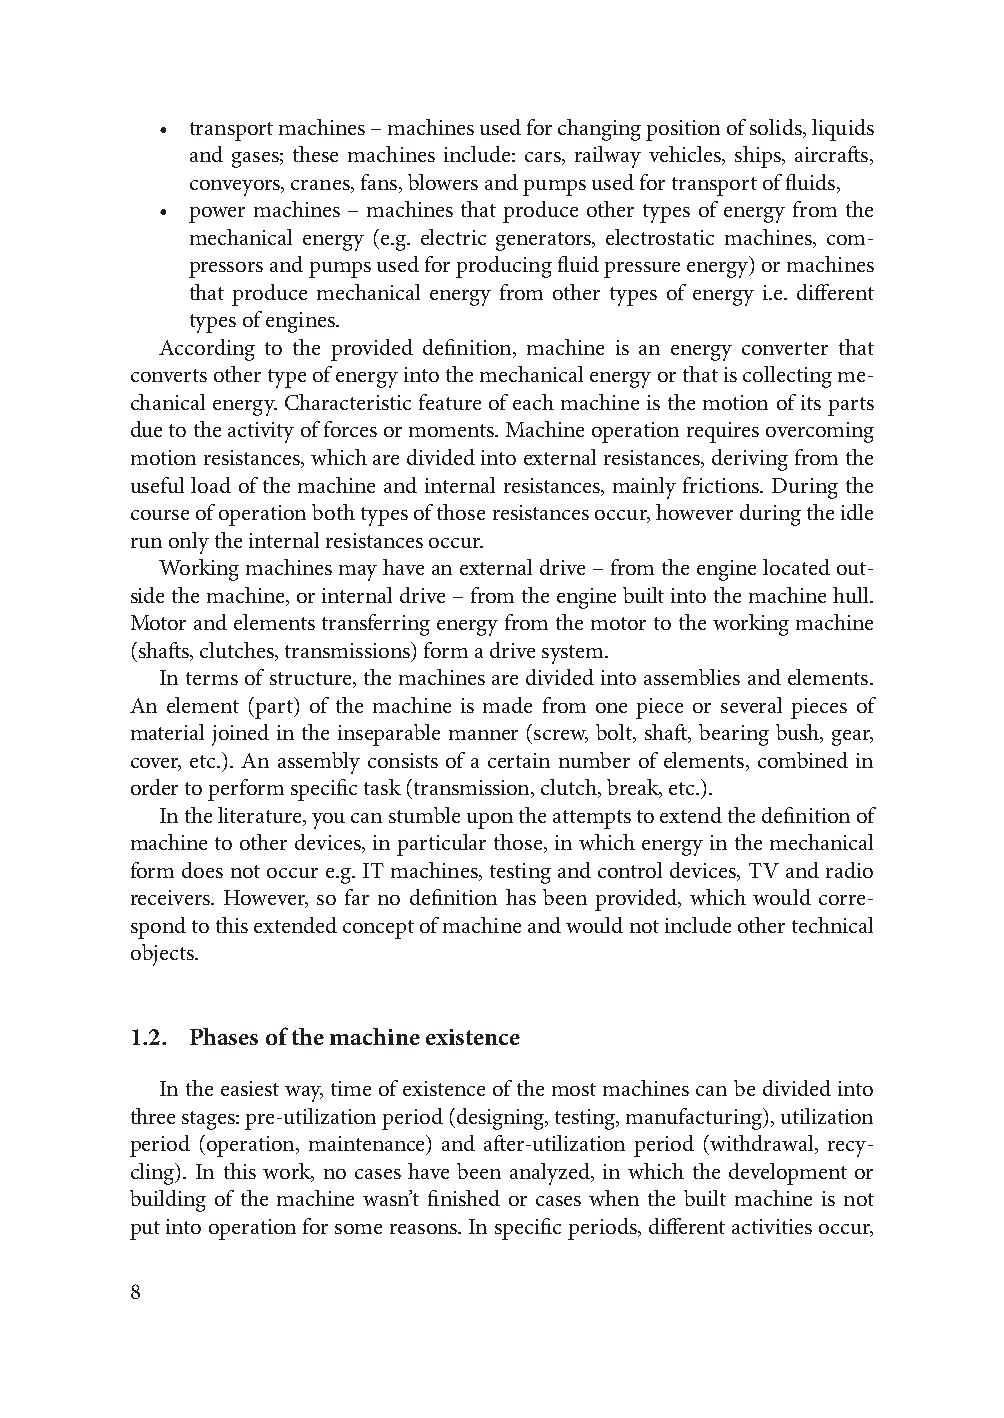
• transport machines – machines used for changing position of solids, liquids
 and gases; these machines include: cars, railway vehicles, ships, aircrafts,
 conveyors, cranes, fans, blowers and pumps used for transport of fluids,
 • power machines – machines that produce other types of energy from the
 mechanical energy (e.g. electric generators, electrostatic machines, com-
 pressors and pumps used for producing fluid pressure energy) or machines
 that produce mechanical energy from other types of energy i.e. different
 types of engines.
 According to the provided definition, machine is an energy converter that
 converts other type of energy into the mechanical energy or that is collecting me-
 chanical energy. Characteristic feature of each machine is the motion of its parts
 due to the activity of forces or moments. Machine operation requires overcoming
 motion resistances, which are divided into external resistances, deriving from the
 useful load of the machine and internal resistances, mainly frictions. During the
 course of operation both types of those resistances occur, however during the idle
 run only the internal resistances occur.
 Working machines may have an external drive – from the engine located out-
 side the machine, or internal drive – from the engine built into the machine hull.
 Motor and elements transferring energy from the motor to the working machine
 (shafts, clutches, transmissions) form a drive system.
 In terms of structure, the machines are divided into assemblies and elements.
 An element (part) of the machine is made from one piece or several pieces of
 material joined in the inseparable manner (screw, bolt, shaft, bearing bush, gear,
 cover, etc.). An assembly consists of a certain number of elements, combined in
 order to perform specific task (transmission, clutch, break, etc.).
 In the literature, you can stumble upon the attempts to extend the definition of
 machine to other devices, in particular those, in which energy in the mechanical
 form does not occur e.g. IT machines, testing and control devices, TV and radio
 receivers. However, so far no definition has been provided, which would corre-
 spond to this extended concept of machine and would not include other technical
 objects.
 1.2. Phases of the machine existence
 In the easiest way, time of existence of the most machines can be divided into
 three stages: pre-utilization period (designing, testing, manufacturing), utilization
 period (operation, maintenance) and after-utilization period (withdrawal, recy-
 cling). In this work, no cases have been analyzed, in which the development or
 building of the machine wasn’t finished or cases when the built machine is not
 put into operation for some reasons. In specific periods, different activities occur,
 8